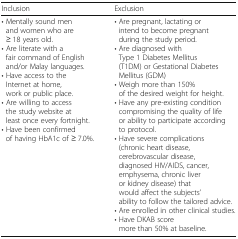
<table><thead><tr><td><b>Inclusion</b></td><td><b>Exclusion</b></td></tr></thead><tbody><tr><td>• Mentally sound men and women who are ≥ 18 years old.• Are literate with a fair command of English and/or Malay languages.• Have access to the Internet at home, work or public place.• Are willing to access the study website at least once every fortnight.• Have been confirmed of having HbA1c of ≥ 7.0%.</td><td>• Are pregnant, lactating or intend to become pregnant during the study period.• Are diagnosed with Type 1 Diabetes Mellitus (T1DM) or Gestational Diabetes Mellitus (GDM)• Weigh more than 150% of the desired weight for height.• Have any pre-existing condition compromising the quality of life or ability to participate according to protocol.• Have severe complications (chronic heart disease, cerebrovascular disease, diagnosed HIV/AIDS, cancer, emphysema, chronic liver or kidney disease) that would affect the subjects’ ability to follow the tailored advice.• Are enrolled in other clinical studies.• Have DKAB score more than 50% at baseline.</td></tr></tbody></table>